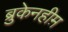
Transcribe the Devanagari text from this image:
ब्रुकेनहीम़